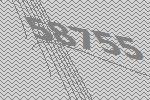
58755